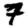
Digit: 7